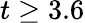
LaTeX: t\geq 3.6